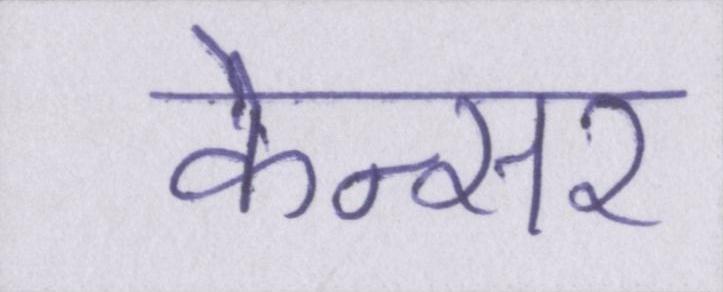
केन्सर